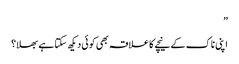
”
اپنی ناک کے نیچے کا علاقہ بھی کوئی دیکھ سکتا ہے بھلا؟